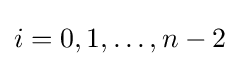
i=0,1,\ldots ,n-2